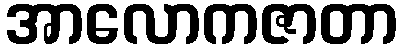
အာလောကဇာတာ